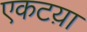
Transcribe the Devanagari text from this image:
एकटय़ा